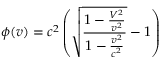
\phi ( v ) = c ^ { 2 } \left( \sqrt { \frac { 1 - \frac { V ^ { 2 } } { v ^ { 2 } } } { 1 - \frac { v ^ { 2 } } { c ^ { 2 } } } } - 1 \right)